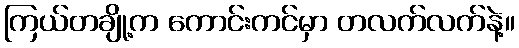
ကြယ်တချို့က ကောင်းကင်မှာ တလက်လက်နဲ့။